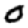
Digit: 0